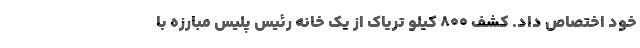
خود اختصاص داد. کشف 800 کیلو تریاک از یک خانه رئیس پلیس مبارزه با